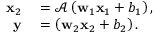
\begin{array} { r l } { \mathbf { x } _ { 2 } } & { { } = \mathcal { A } \left( \mathbf { w } _ { 1 } \mathbf { x } _ { 1 } + b _ { 1 } \right) , } \\ { \mathbf { y } } & { { } = \left( \mathbf { w } _ { 2 } \mathbf { x } _ { 2 } + b _ { 2 } \right) . } \end{array}